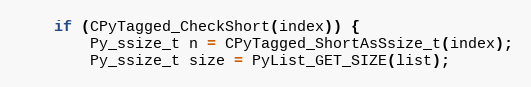
Language: C
    if (CPyTagged_CheckShort(index)) {
        Py_ssize_t n = CPyTagged_ShortAsSsize_t(index);
        Py_ssize_t size = PyList_GET_SIZE(list);